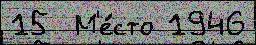
15  М'е́сто 1946